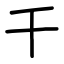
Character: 干